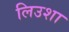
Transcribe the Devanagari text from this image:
लिउशा